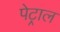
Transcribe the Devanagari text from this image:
पेट्राल